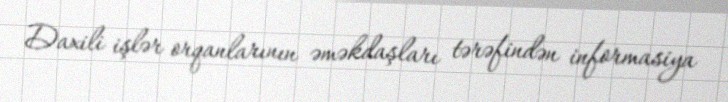
Daxili işlər orqanlarının əməkdaşları tərəfindən informasiya